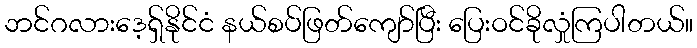
ဘင်ဂလားဒေ့ရှ်နိုင်ငံ နယ်စပ်ဖြတ်ကျော်ပြီး ပြေးဝင်ခိုလှုံကြပါတယ်။